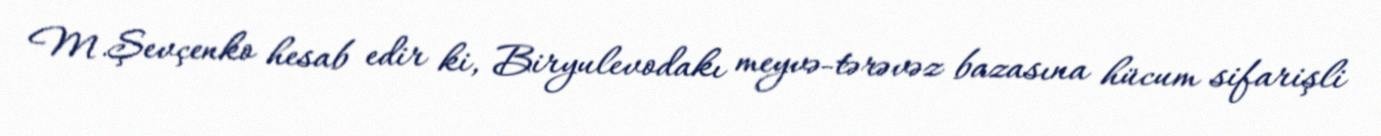
M.Şevçenko hesab edir ki, Biryulevodakı meyvə-tərəvəz bazasına hücum sifarişli